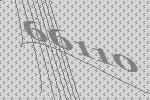
66110